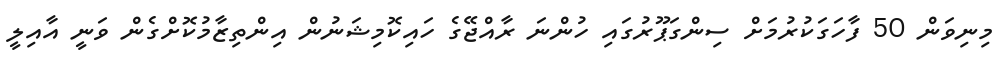
މިނިވަން 50 ފާހަގަކުރުމަށް ސިންގަޕޫރުގައި ހުންނަ ރާއްޖޭގެ ހައިކޮމިޝަނުން އިންތިޒާމުކޮށްގެން ވަނީ އާއިލީ